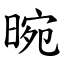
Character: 晼